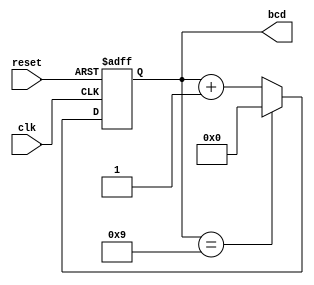
module BCD_Asynchronous_Counter (
    input wire clk,        // Clock input
    input wire reset,      // Asynchronous reset input
    output reg [3:0] bcd   // 4-bit BCD output
);

    // Asynchronous Reset and Counter Logic
    always @(posedge clk or posedge reset) begin
        if (reset) begin
            // Reset the BCD counter to 0
            bcd <= 4'b0000;
        end else begin
            // Increment the counter
            if (bcd == 4'b1001) begin
                // If count reaches 9 (1001), reset to 0
                bcd <= 4'b0000;
            end else begin
                // Count up
                bcd <= bcd + 1;
            end
        end
    end

endmodule